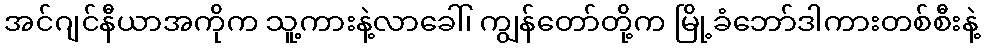
အင်ဂျင်နီယာအကိုက သူ့ကားနဲ့လာခေါ်၊ ကျွန်တော်တို့က မြို့ခံဘော်ဒါကားတစ်စီးနဲ့